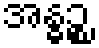
အန္ဓဉ္စ